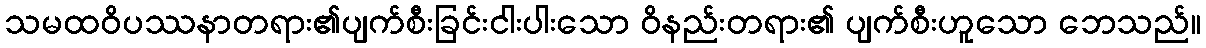
သမထဝိပဿနာတရား၏ပျက်စီးခြင်းငါးပါးသော ဝိနည်းတရား၏ ပျက်စီးဟူသော ဘေသည်။